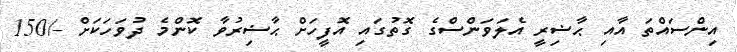
އިންސައްތަ އާއި ޙާޟިރީ އެލަވަންސްގެ ގޮތުގައި އޮފީހަށް ޙާޟިރުވާ ކޮންމެ ދުވަހަކަށް -/150